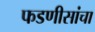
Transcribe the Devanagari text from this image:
फडणीसांचा